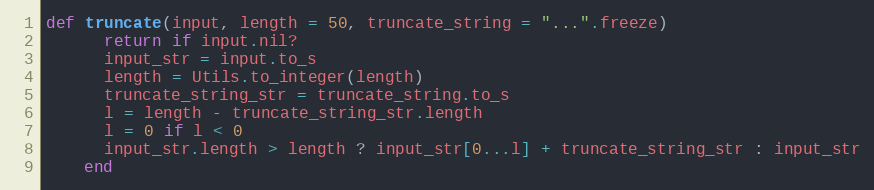
Language: Ruby
def truncate(input, length = 50, truncate_string = "...".freeze)
      return if input.nil?
      input_str = input.to_s
      length = Utils.to_integer(length)
      truncate_string_str = truncate_string.to_s
      l = length - truncate_string_str.length
      l = 0 if l < 0
      input_str.length > length ? input_str[0...l] + truncate_string_str : input_str
    end